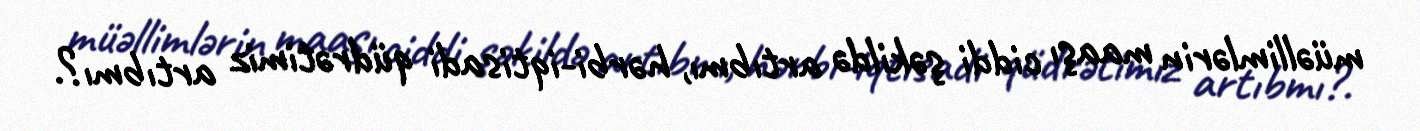
müəllimlərin maaşı ciddi şəkildə artıbmı, hərbi-iqtisadi qüdrətimiz artıbmı?.